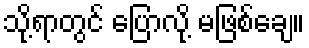
သို့ရာတွင် ပြောလို့ မဖြစ်ချေ။